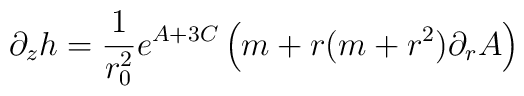
\partial_z h = \frac{1}{r_0^2} e^{A + 3 C} \left( m + r (m + r^2) \partial_r A \right)